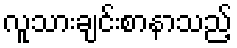
လူသားချင်းစာနာသည့်